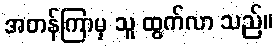
အတန်ကြာမှ သူ ထွက်လာ သည်။